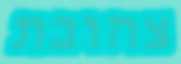
צהובת